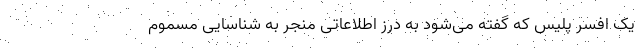
یک افسر پلیس که گفته می‌شود به درز اطلاعاتی منجر به شناسایی مسموم